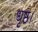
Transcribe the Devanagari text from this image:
धृष्ठ।